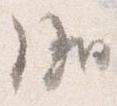
議